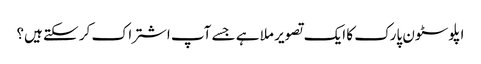
اپلوسٹون پارک کا ایک تصویر ملا ہے جسے آپ اشتراک کر سکتے ہیں؟